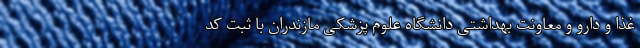
غذا و دارو و معاونت بهداشتی دانشگاه علوم پزشکی مازندران با ثبت کد